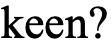
keen?